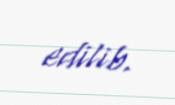
edilib.